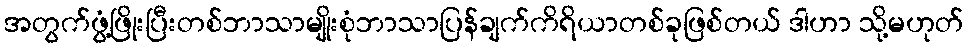
အတွက်ဖွံ့ဖြိုးပြီးတစ်ဘာသာမျိုးစုံဘာသာပြန်ချက်ကိရိယာတစ်ခုဖြစ်တယ် ဒါဟာ သို့မဟုတ်